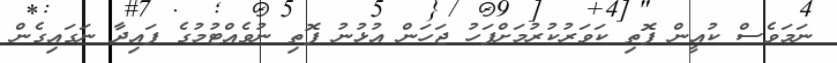
ނަމަވެސް ކުއީން ފޮތި ކަވަރުކުރުމަށްފަހު ޖަހަން އުޅުނު ފޮތި ނުވެއްޓުމުގެ ފައިދާ ނަގައިގެން